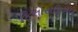
ફિલોસફિકલ